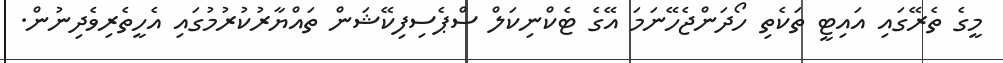
މީގެ ތެރޭގައި އައިޓީ ތަކެތި ހޯދަންޖެހޭނަމަ އޭގެ ޓެކްނިކަލް ސްޕެސިފިކޭޝަން ތައްޔާރުކުރުމުގައި އެހީތެރިވެދިނުން.